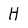
Character: H